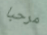
مرحبا